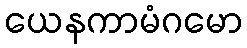
ယေနကာမံဂမော